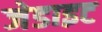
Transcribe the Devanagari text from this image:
जेडाइट